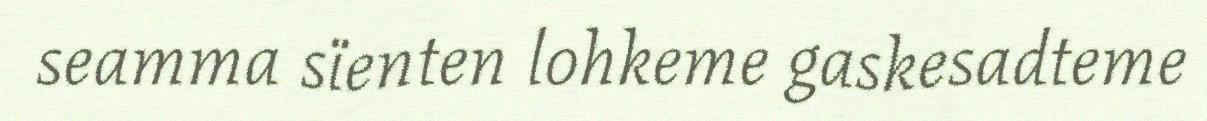
seamma sïenten lohkeme gaskesadteme